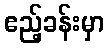
ဧည့်ခန်းမှာ